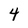
Character: 4